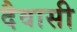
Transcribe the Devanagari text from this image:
दैवासी